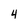
Character: 4